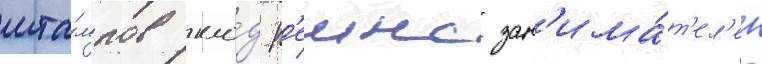
шта́мпов кло́д р'еинс зан'има́т'ел'ен